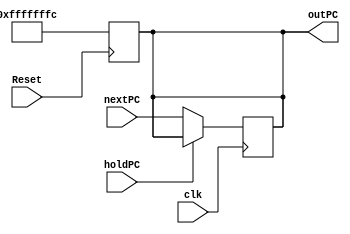
module PC (nextPC ,outPC ,Reset ,clk, holdPC);

input wire [31:0] nextPC;
input Reset , clk, holdPC;
output reg [31:0] outPC;

always@(posedge Reset) outPC <= 32'hFFFFFFFC;
  

always @(posedge clk)
  begin
	  if (holdPC==0) //to support stalls from hazard detection unit
		  begin
                   outPC <= nextPC;
		  end
  end

endmodule